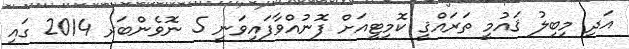
އަދި މިބިލު ޤައުމީ ތަރައްޤީ ކޮމިޓީއަށް ފޮނުއްވާފައިވަނީ 5 ނޮވެންބަރ 2014 ގައި